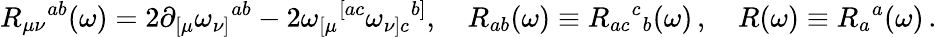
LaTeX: R_{\mu\nu}{}^{ab}(\omega)=2\partial_{[\mu}\omega_{\nu]}{}^{ab}-2\omega_{[\mu}{}^{[ac}\omega_{\nu]c}{}^{b]},\quad R_{ab}(\omega)\equiv R_{ac}{}^{c}{}_{b}(\omega)\, ,\quad R(\omega)\equiv R_{a}{}^{a}(\omega)\, .